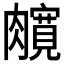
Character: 𰯦